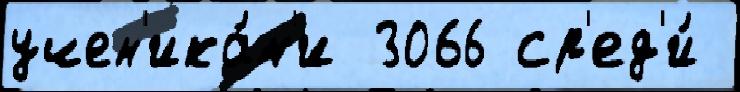
учен'ика́м'и 3066 ср'ед'и́